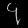
Digit: ၄